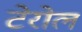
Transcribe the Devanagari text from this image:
टेरोल